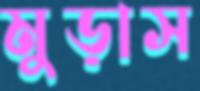
মুড়াস